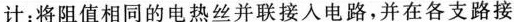
计：将阻值相同的电热丝并联接入电路，并在各支路接